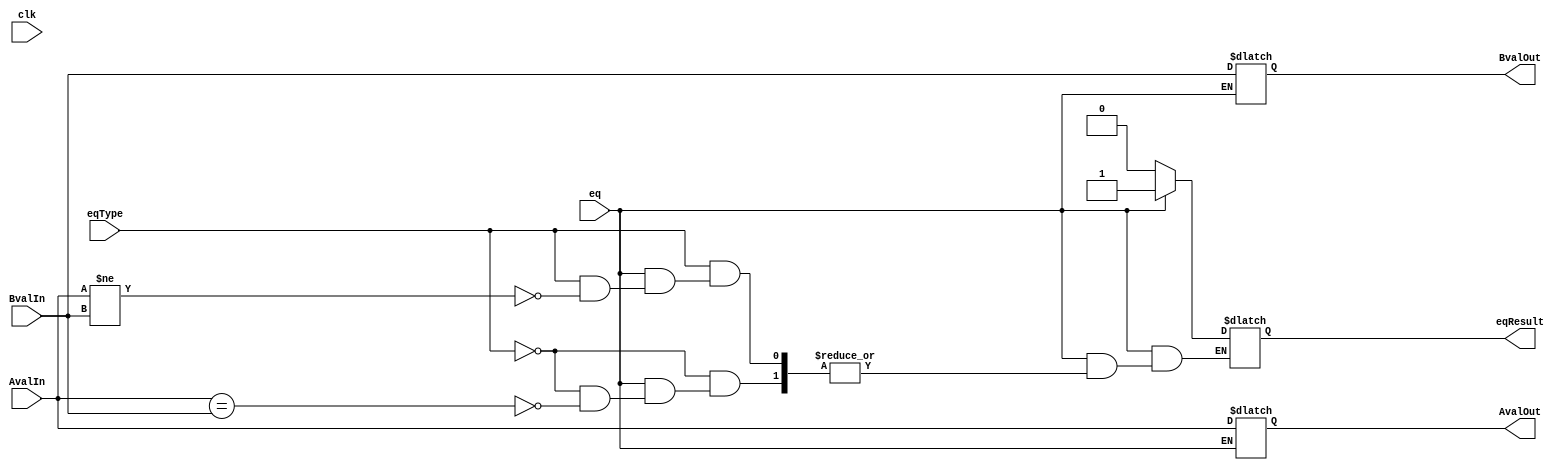
`timescale 1ns / 1ps
//////////////////////////////////////////////////////////////////////////////////
// Company: 
// Engineer: 
// 
// Design Name: 
// Module Name: equalityModule
// Project Name: 
// Target Devices: 
// Tool Versions: 
// Description: 
// 
// Dependencies: 
// 
// Revision:
// Revision 0.01 - File Created
// Additional Comments:
// 
//////////////////////////////////////////////////////////////////////////////////


module equalityModule(
    input [31:0] AvalIn, BvalIn,
    output reg [31:0] AvalOut, BvalOut,
    input eq, eqType, clk,
    output reg eqResult
    );
    
    always@(AvalIn, BvalIn, clk, eq, eqType) begin
        if(eq == 1'b1)
            case(eqType)
                1'b0: begin         //BEQ
                    if(AvalIn == BvalIn)
                        eqResult = 1'b1;
                end
                1'b1: begin         //BNE
                    if(AvalIn != BvalIn)
                        eqResult = 1'b1;
                end
            endcase
        else begin
            AvalOut = AvalIn;       //values pass through module unmodified if not performing either BNE or BEQ
            BvalOut = BvalIn;
            eqResult = 1'b0;
        end    
    end
    
    
endmodule